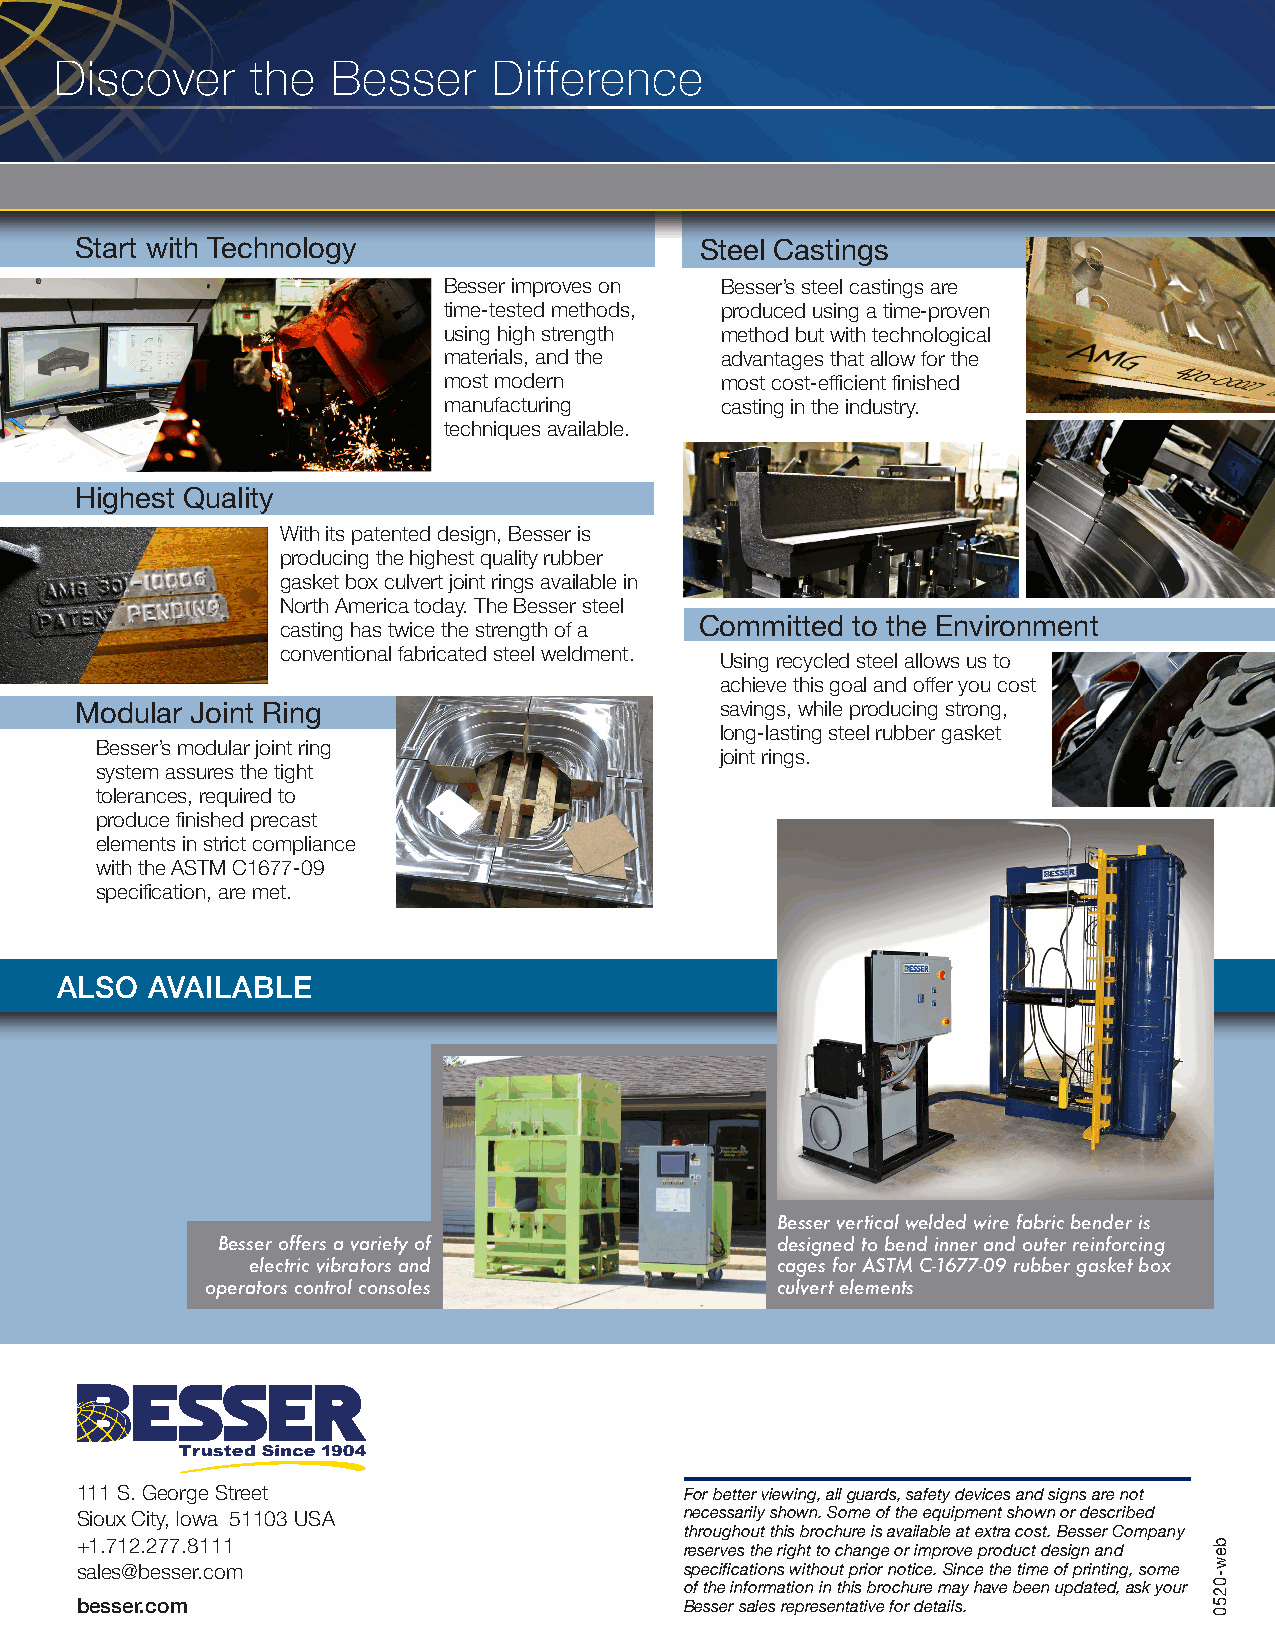
Discover     the  Besser     Difference
 Start with Technology                    Steel Castings
 Besser improves on Besser’s steel castings are
 time-tested methods, produced using a time-proven
 using high strength method but with technological
 materials, and the advantages that allow for the
 most modern        most cost-efficient finished
 manufacturing      casting in the industry.
 techniques available.
 Highest Quality
 With its patented design, Besser is
 producing the highest quality rubber
 gasket box culvert joint rings available in
 North America today. The Besser steel
 casting has twice the strength of a Committed to the Environment
 conventional fabricated steel weldment.
 Using recycled steel allows us to
 achieve this goal and offer you cost
 Modular Joint Ring                         savings, while producing strong,
 long-lasting steel rubber gasket
 Besser’s modular joint ring
 joint rings.
 system assures the tight
 tolerances, required to
 produce finished precast
 elements in strict compliance
 with the ASTM C1677-09
 specification, are met.
 ALSO  AVAILABLE
 Besser vertical welded wire fabric bender is
 Besser offers a variety of           designed to bend inner and outer reinforcing
 electric vibrators and            cages for ASTM C-1677-09 rubber gasket box
 operators control consoles           culvert elements
 111 S. George Street                    For better viewing, all guards, safety devices and signs are not
 Sioux City, Iowa 51103 USA              necessarily shown. Some of the equipment shown or described
 throughout this brochure is available at extra cost. Besser Company
 +1.712.277.8111
 reserves the right to change or improve product design and
 sales@besser.com                        specifications without prior notice. Since the time of printing, some
 of the information in this brochure may have been updated, ask your
 besser.com                              Besser sales representative for details.
 bew-0250